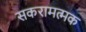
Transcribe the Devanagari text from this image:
सकरामत्मक